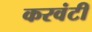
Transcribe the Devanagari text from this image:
करवंटी